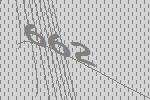
662